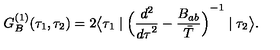
G _ { B } ^ { ( 1 ) } ( \tau _ { 1 } , \tau _ { 2 } ) = 2 \bigl \langle \tau _ { 1 } \mid { \Bigl ( { \frac { d ^ { 2 } } { { d \tau } ^ { 2 } } } - { \frac { B _ { a b } } { \bar { T } } } \Bigl ) } ^ { - 1 } \mid \tau _ { 2 } \bigr \rangle .